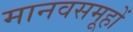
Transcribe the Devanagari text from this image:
मानवसमूहों